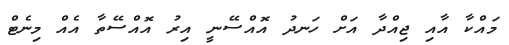
މައްކާ އާއި ޖިއްދާ އަށް ހަނދު އޮއްސޭނީ އިރު އޮއްސޭތާ އެއް މިނެޓް